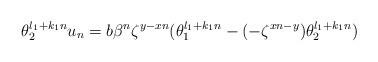
LaTeX: \begin{align*} \theta_2^{l_1+k_1n}u_n=b\beta^n\zeta^{y-xn}(\theta_1^{l_1+k_1n}-(-\zeta^{xn-y})\theta_2^{l_1+k_1n})\end{align*}